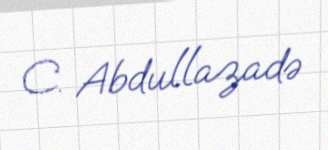
C. Abdullazadə